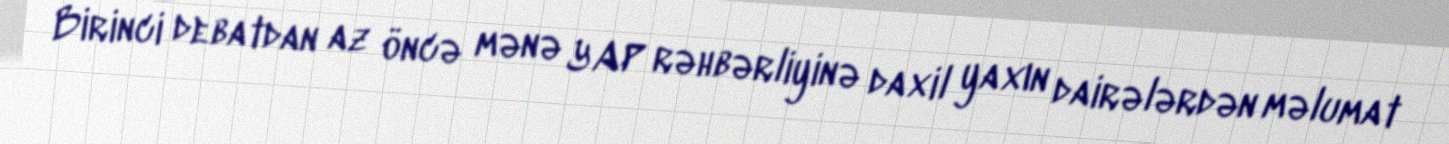
Birinci debatdan az öncə mənə YAP rəhbərliyinə daxil yaxın dairələrdən məlumat